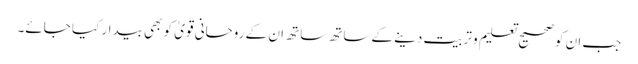
جب ان کو صحیح تعلیم و تربیت دینے کے ساتھ ساتھ ان کے روحانی قویٰ کو بھی بیدار کیا جائے۔